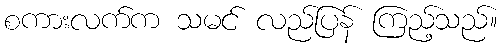
စကားလက်က သမင် လည်ပြန် ကြည့်သည်။